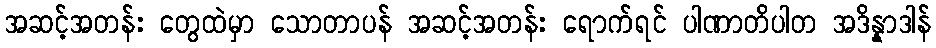
အဆင့်အတန်း တွေထဲမှာ သောတာပန် အဆင့်အတန်း ရောက်ရင် ပါဏာတိပါတ အဒိန္နာဒါန်